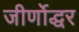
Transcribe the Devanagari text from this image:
जीर्णोद्धर